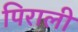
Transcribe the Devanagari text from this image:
पिराली